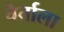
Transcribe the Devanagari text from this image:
चेर्ताला